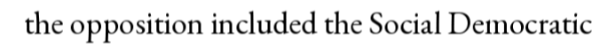
the opposition included the Social Democratic